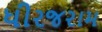
ધીરજરામ